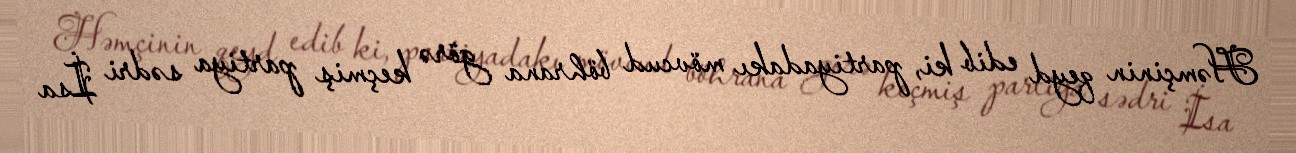
Həmçinin qeyd edib ki, partiyadakı mövcud böhrana görə keçmiş partiya sədri İsa